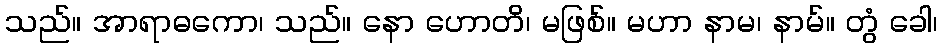
သည်။ အာရာဓကော၊ သည်။ နော ဟောတိ၊ မဖြစ်။ မဟာ နာမ၊ နာမ်။ တွံ ခေါ၊